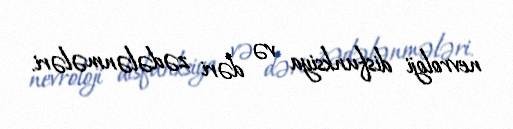
nevroloji disfunksiya və dəri zədələnmələri.